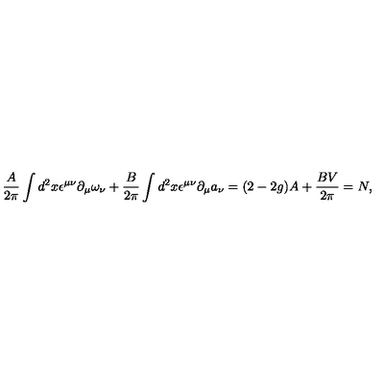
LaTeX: \frac { A } { 2 \pi } \int d ^ { 2 } x \epsilon ^ { \mu \nu } \partial _ { \mu } \omega _ { \nu } + \frac { B } { 2 \pi } \int d ^ { 2 } x \epsilon ^ { \mu \nu } \partial _ { \mu } a _ { \nu } = ( 2 - 2 g ) A + \frac { B V } { 2 \pi } = N ,